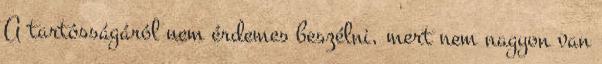
A tartósságáról nem érdemes beszélni, mert nem nagyon van